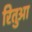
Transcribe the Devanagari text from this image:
रितुआ